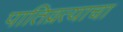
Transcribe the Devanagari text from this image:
पातिव्रत्याचा